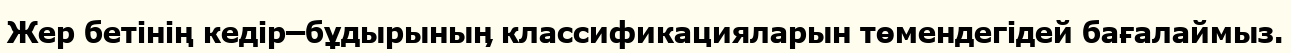
Жер бетінің кедір–бұдырыныӊ классификацияларын төмендегідей бағалаймыз.